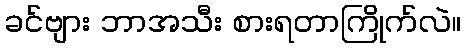
ခင်ဗျား ဘာအသီး စားရတာကြိုက်လဲ။